TRU_Ajalooring, lk 178
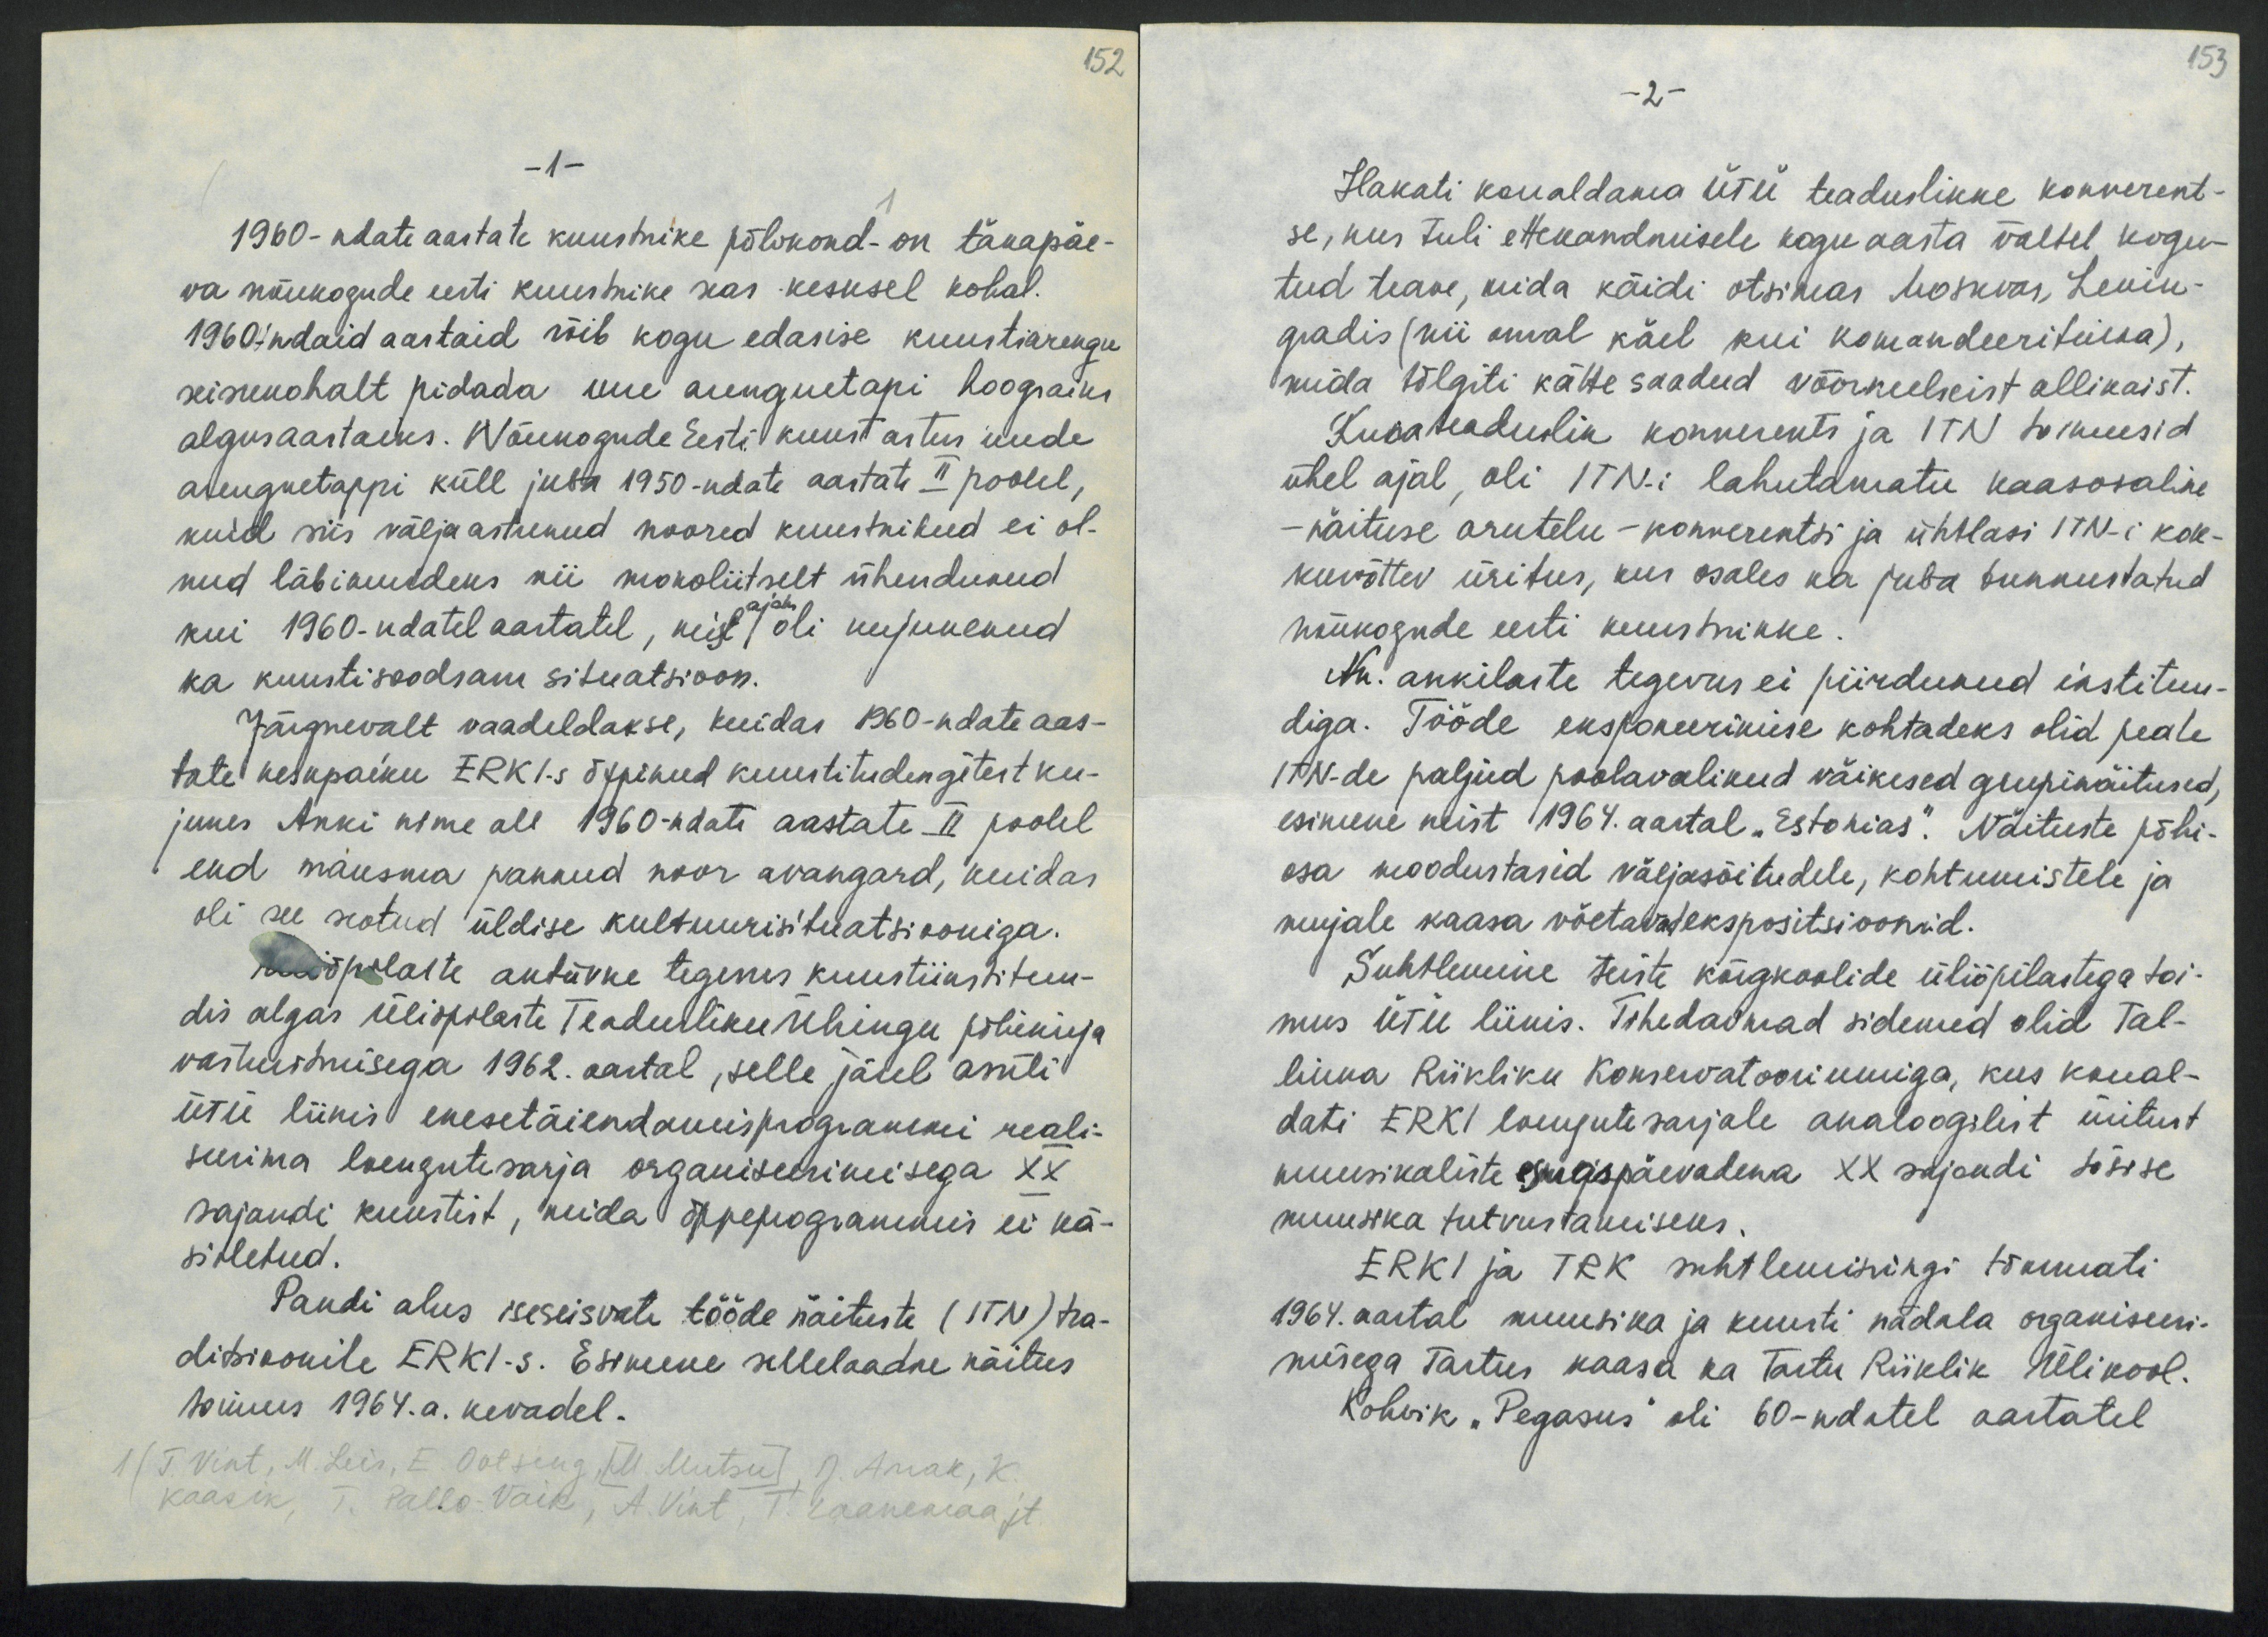
153

152
- 1 -
1960-ndate aastate kunstnike põlvkond - on tänapäe-
va nõukogude eesti kunstnike seas kesksel kohal.
1960-ndaid aastaid, võib kogu edasise kunstiarengu
seisukohalt pidada uue arenguetapi hoogsaiks
algusaastaiks. Nõukogude Eesti kunst astus uude
arenguetappi küll juba 1950-ndate aastate II poolel,
kuid siis välja astunud noored kunstnikud ei ol-
nud läbimurdeks nii monoliitselt ühendunud
ajaks
kui 1960-ndatel aastatel, mis oli kujunenud
ka kunstisoodsam situatsioon.
Järgnevalt vaadeldakse, kuidas 1960-ndate aas-
tate keskpaiku ERKI-s õppinud kunstitudengitest ku-
junes Anki nime all 1960-ndate aastate II poolel
end maksma pannud noor avangard, kuidas
oli see seotud üldise kultuurisituatsiooniga.
Kunstiõpilaste aktiivne tegevus kunstiinstituu-
dis algas üliõpilaste Teadusliku Ühingu põhikirja
vastuvõtmisega 1962. aastal, selle järel asuti
ÜTÜ liinis enesetäiendamisprogrammi reali-
seerima loengutesarja organiseerimisega XX
sajandi kunstist, mida õppepogrammis ei kä-
sitletud.
Pandi alus iseseisvate tööde näituste (ITN) tra-
ditsioonile ERKI-s. Esimene sellelaadne näitus
toimus 1964.a. kevadel.
1) T. Vint, M. Leis, E. Ootsing [M. Mutsu], J. Arrak, K.
kaasik, I. Pallo-Vaik, A. Vint, T. Laanemaa, jt.

-2-
Hakati korraldama ÜTÜ teaduslikke konverent-
se, kus tuli ettekandmisele kogu aasta vältel kogu-
tud teave, mida käidi otsimas Moskvas, Lenin-
gradis (nii omal käel kui komandeerituna),
mida tõlgiti kätte saadud võõrkeelseist allikaist.
Kubateaduslik konverents ja ITN toimusid
ühel ajal, oli ITN-i lahutamatu kaasosaline
- näituse arutelu - konverentsi ja ühtlasi ITN-i kok-
kuvõttev üritus, kus osales ka juba tunnustatud
nõukogude eesti kunstnikke.
Nn. ankilaste tegevus ei piirdunud instituu-
diga. Tööde eksponeerimise kohtadeks olid peale
ITN-de paljud poolavalikud väikesed grupinäitused,
esimene neist 1964. aastal "Estonias". Näituste põhi-
osa moodustasid väljasõitudele, kohtumistele ja
mujale kaasa võetavadekspositsioonid.
Suhtlemine teiste kõrgkoolide üliõpilastega toi-
mus ÜTÜ liinis. Tähedadnad sidemed olid Tal-
linna Riikliku Konsevatooriumiga, kus korral-
dati ERKI loengutesarjale analoogilist üritust
muusikaliste sügispäevadena XX sajandi tõsise
muusika tutvustamiseks.
ERKI ja TRK suhtlemisringi tõmmati
1964. aastal muusika ja kunsti nädala organiseeri-
misega Tartus kaasa ka Tartu Riiklik Üllikool.
Kohvik "Pegasus" oli 60-ndatel aastatel